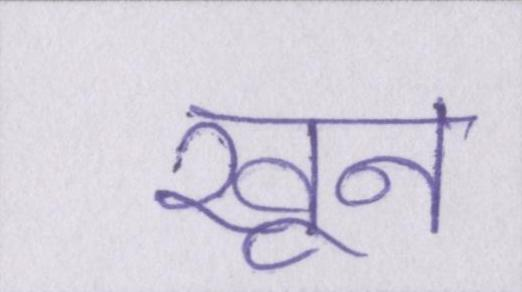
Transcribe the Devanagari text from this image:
खून